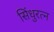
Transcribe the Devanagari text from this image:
सिंधुरत्‍न